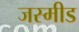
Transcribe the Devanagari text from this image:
जस्मीड